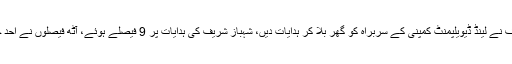
انہوں نے کہا کہ شہباز شریف نے لینڈ ڈیویلپمنٹ کمپنی کے سربراہ کو گھر بلا کر ہدایات دیں، شہباز شریف کی ہدایات پر 9 فیصلے ہوئے، آٹھ فیصلوں نے احد چیمہ کے ہاتھ مضبوط کیے۔